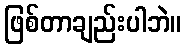
ဖြစ်တာချည်းပါဘဲ။